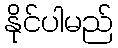
နိုင်ပါမည်